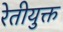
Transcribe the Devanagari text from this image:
रेतीयुक्त